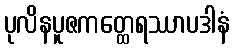
ပုလိနပူဇကတ္ထေရဿာပဒါနံ